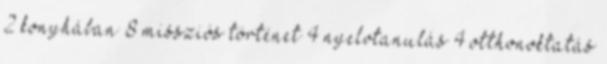
2 konyhában 8 missziós történet 4 nyelvtanulás 4 otthonoktatás